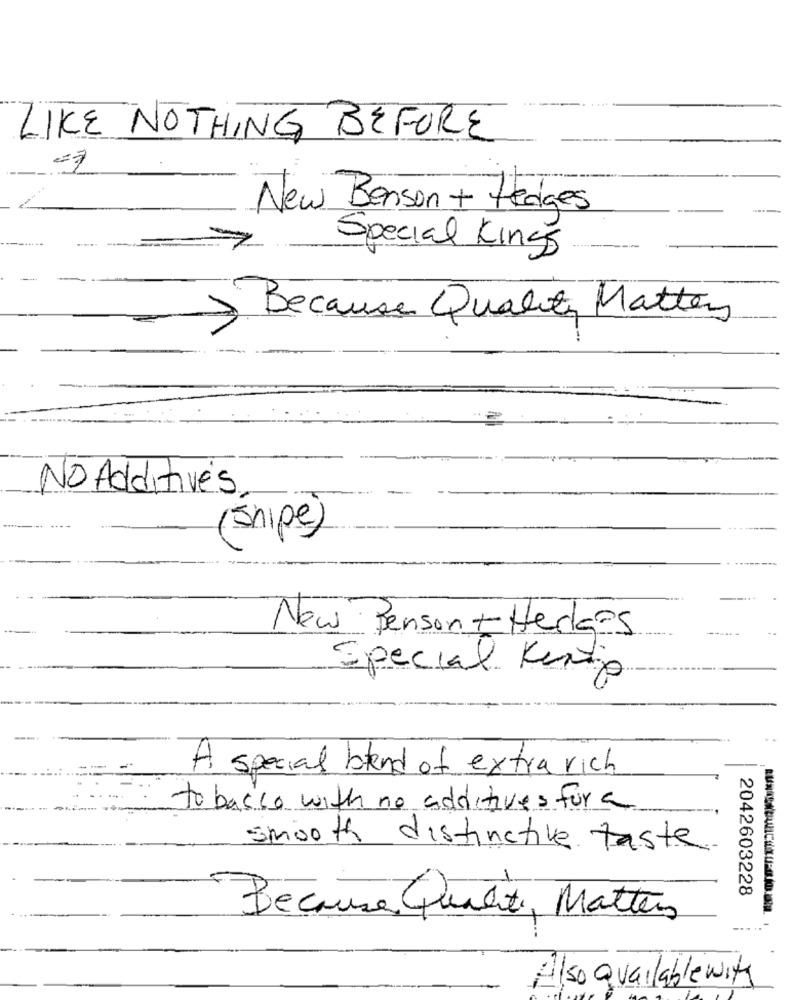
LIKE NOTHING BEFORE
New Benson + Hedges
Special Kings
Because Quality Matter
No Additives.
(Snipe)
New Benson + Hedges
Special Kinip
A special blend of extra rich
tobacco with no additives for a
smooth distinctive taste
2042603228
Because Qualit Matters
---
Also available with